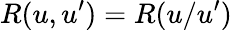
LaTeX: R(u,u^{\prime})=R(u/u^{\prime})